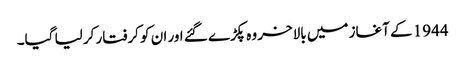
1944 کے آغاز میں بالاخر وہ پکڑے گئے اور ان کو کرفتار کر لیا گیا۔